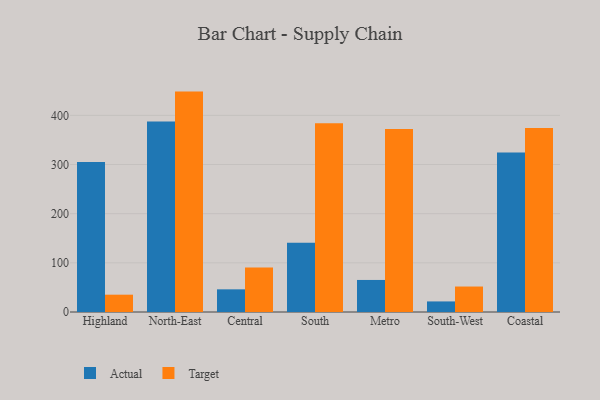
{"axis": {"x": "Region", "y": "Satisfaction Score"}, "legend": ["Actual", "Target"], "data": [{"x": "Highland", "y": 305.3, "type": "Actual"}, {"x": "Highland", "y": 35.2, "type": "Target"}, {"x": "North-East", "y": 387.5, "type": "Actual"}, {"x": "North-East", "y": 448.3, "type": "Target"}, {"x": "Central", "y": 46.1, "type": "Actual"}, {"x": "Central", "y": 90.6, "type": "Target"}, {"x": "South", "y": 141.0, "type": "Actual"}, {"x": "South", "y": 384.1, "type": "Target"}, {"x": "Metro", "y": 65.2, "type": "Actual"}, {"x": "Metro", "y": 372.0, "type": "Target"}, {"x": "South-West", "y": 21.5, "type": "Actual"}, {"x": "South-West", "y": 51.8, "type": "Target"}, {"x": "Coastal", "y": 324.2, "type": "Actual"}, {"x": "Coastal", "y": 374.5, "type": "Target"}]}